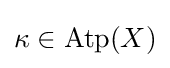
\kappa \in \mathrm {Atp} (X)